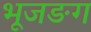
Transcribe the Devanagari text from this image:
भूजङग